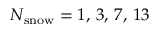
N _ { \mathrm { s n o w } } = 1 , \, 3 , \, 7 , \, 1 3